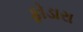
ફોડારા